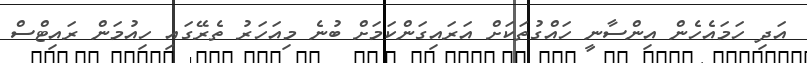
އަދި ހަމައެހެން އިންސާނީ ހައްގުތަކަށް އަރައިގަންކަމަށް ބުނެ މިއަހަރު ތެރޭގައި ހިއުމަން ރައިޓްސް